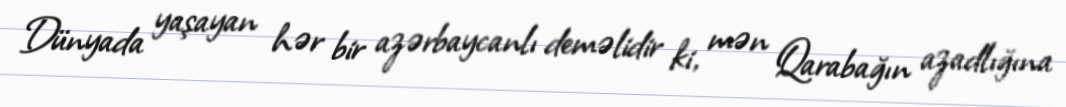
Dünyada yaşayan hər bir azərbaycanlı deməlidir ki, mən Qarabağın azadlığına